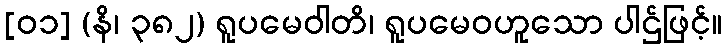
[၀၁] (နိ၊ ၃၈၂) ရူပမေဝါတိ၊ ရူပမေဝဟူသော ပါဌ်ဖြင့်။